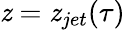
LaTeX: \mathit{z}=\mathit{z}_{jet}(\tau)